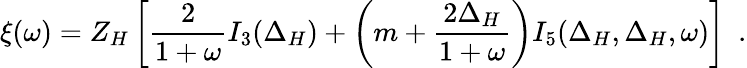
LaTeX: \xi(\omega)=Z_{H}\left[\frac{2}{1+\omega}I_{3}(\Delta_{H})+\left(m+\frac{2\Delta_{H}}{1+\omega}\right)I_{5}(\Delta_{H},\Delta_{H},\omega)\right]~~.